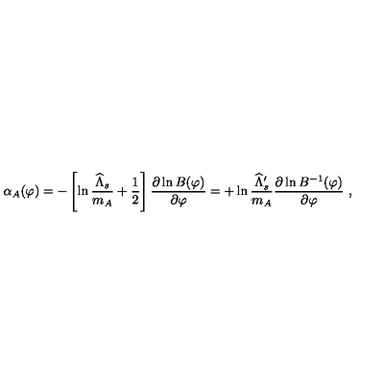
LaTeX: \alpha _ { A } ( \varphi ) = - \left[ \ln { \frac { \widehat \Lambda _ { s } } { m _ { A } } } + { \frac { 1 } { 2 } } \right] { \frac { \partial \ln B ( \varphi ) } { \partial \varphi } } = + \ln { \frac { \widehat \Lambda _ { s } ^ { \prime } } { m _ { A } } } { \frac { \partial \ln B ^ { - 1 } ( \varphi ) } { \partial \varphi } } \ ,